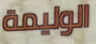
الوليمة